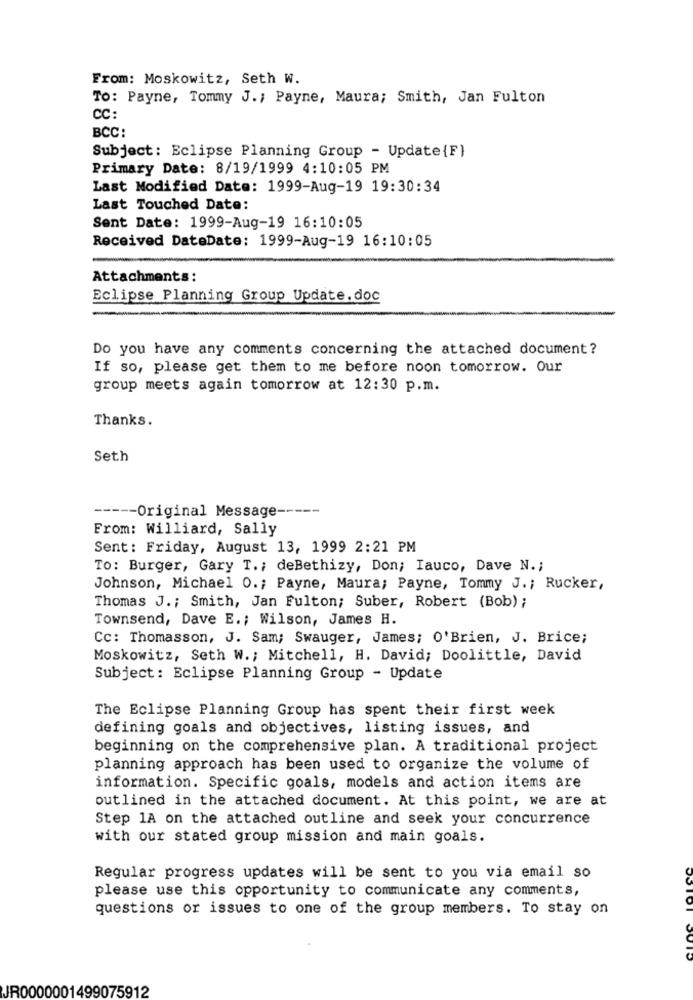
From: Moskowitz, Seth W.
To: Payne, Tommy J .; Payne, Maura; Smith, Jan Fulton
CC:
BCC:
Subject: Eclipse Planning Group - Update {F}
Primary Date: 8/19/1999 4:10:05 PM
Last Modified Date: 1999-Aug-19 19:30:34
Last Touched Date:
Sent Date: 1999-Aug-19 16:10:05
Received DateDate: 1999-Aug-19 16:10:05
Attachments:
Eclipse Planning Group Update.doc
Do you have any comments concerning the attached document ?
If so, please get them to me before noon tomorrow. Our
group meets again tomorrow at 12:30 p.m.
Thanks.
Seth
----- Original Message -----
From: Williard, Sally
Sent: Friday, August 13, 1999 2:21 PM
To: Burger, Gary T .; deBethizy, Don; Iauco, Dave N .;
Johnson, Michael O .; Payne, Maura; Payne, Tommy J .; Rucker,
Thomas J .; Smith, Jan Fulton; Suber, Robert (Bob) ;
Townsend, Dave E .; Wilson, James H.
Cc: Thomasson, J. Sam; Swauger, James; O'Brien, J. Brice;
Moskowitz, Seth W .; Mitchell, H. David; Doolittle, David
Subject: Eclipse Planning Group - Update
The Eclipse Planning Group has spent their first week
defining goals and objectives, listing issues, and
beginning on the comprehensive plan. A traditional project
planning approach has been used to organize the volume of
information. Specific goals, models and action items are
outlined in the attached document. At this point, we are at
Step 1A on the attached outline and seek your concurrence
with our stated group mission and main goals.
Regular progress updates will be sent to you via email so
please use this opportunity to communicate any comments,
questions or issues to one of the group members. To stay on
JR0000001499075912